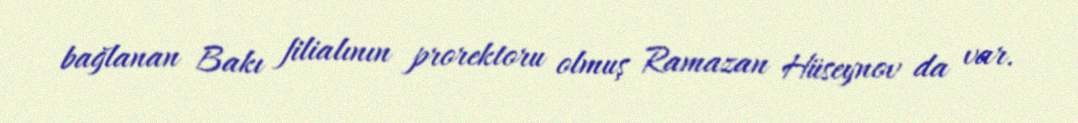
bağlanan Bakı filialının prorektoru olmuş Ramazan Hüseynov da var.